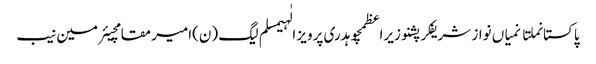
پاکستانملتانمیاں نواز شریفکرپشنوزیراعظمچوہدری پرویز الٰہیمسلم لیگ (ن)امیر مقامچیئرمین نیب